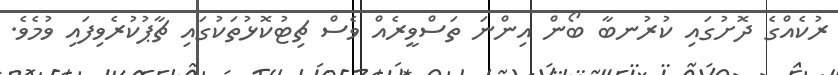
ރުކެއްގެ ދޮށުގައި ކުރުނބާ ބޯން އިންނަ ތަސްވީރެއް ވެސް ޗިޓުކޮޅުތަކުގައި ޗާޕުކުރެވިފައި ވުމެވެ.